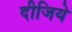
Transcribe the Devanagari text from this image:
दीजिये